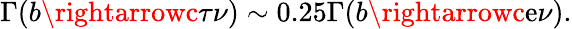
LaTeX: \Gamma(b\rightarrowc\tau\nu)\sim0.25\Gamma(b\rightarrowc\mathrm{e}\nu).